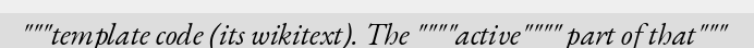
"""template code (its wikitext). The """"active"""" part of that"""